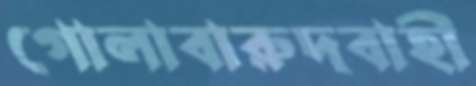
গোলাবারুদবাহী